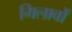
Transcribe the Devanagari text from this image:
गिलावों